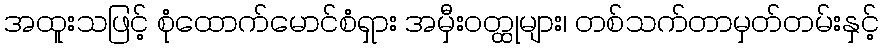
အထူးသဖြင့် စုံထောက်မောင်စံရှား အမှီးဝတ္ထုများ၊ တစ်သက်တာမှတ်တမ်းနှင့်